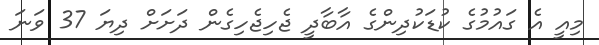
މިއީ އެ ގައުމުގެ ކުޑަކުދިންގެ އާބާދީ ޖެހިޖެހިގެން ދަށަށް ދިޔަ 37 ވަނަ